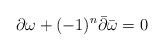
\begin{align*}\partial \omega + (-1)^n \bar{\partial} \bar{\omega} = 0\end{align*}